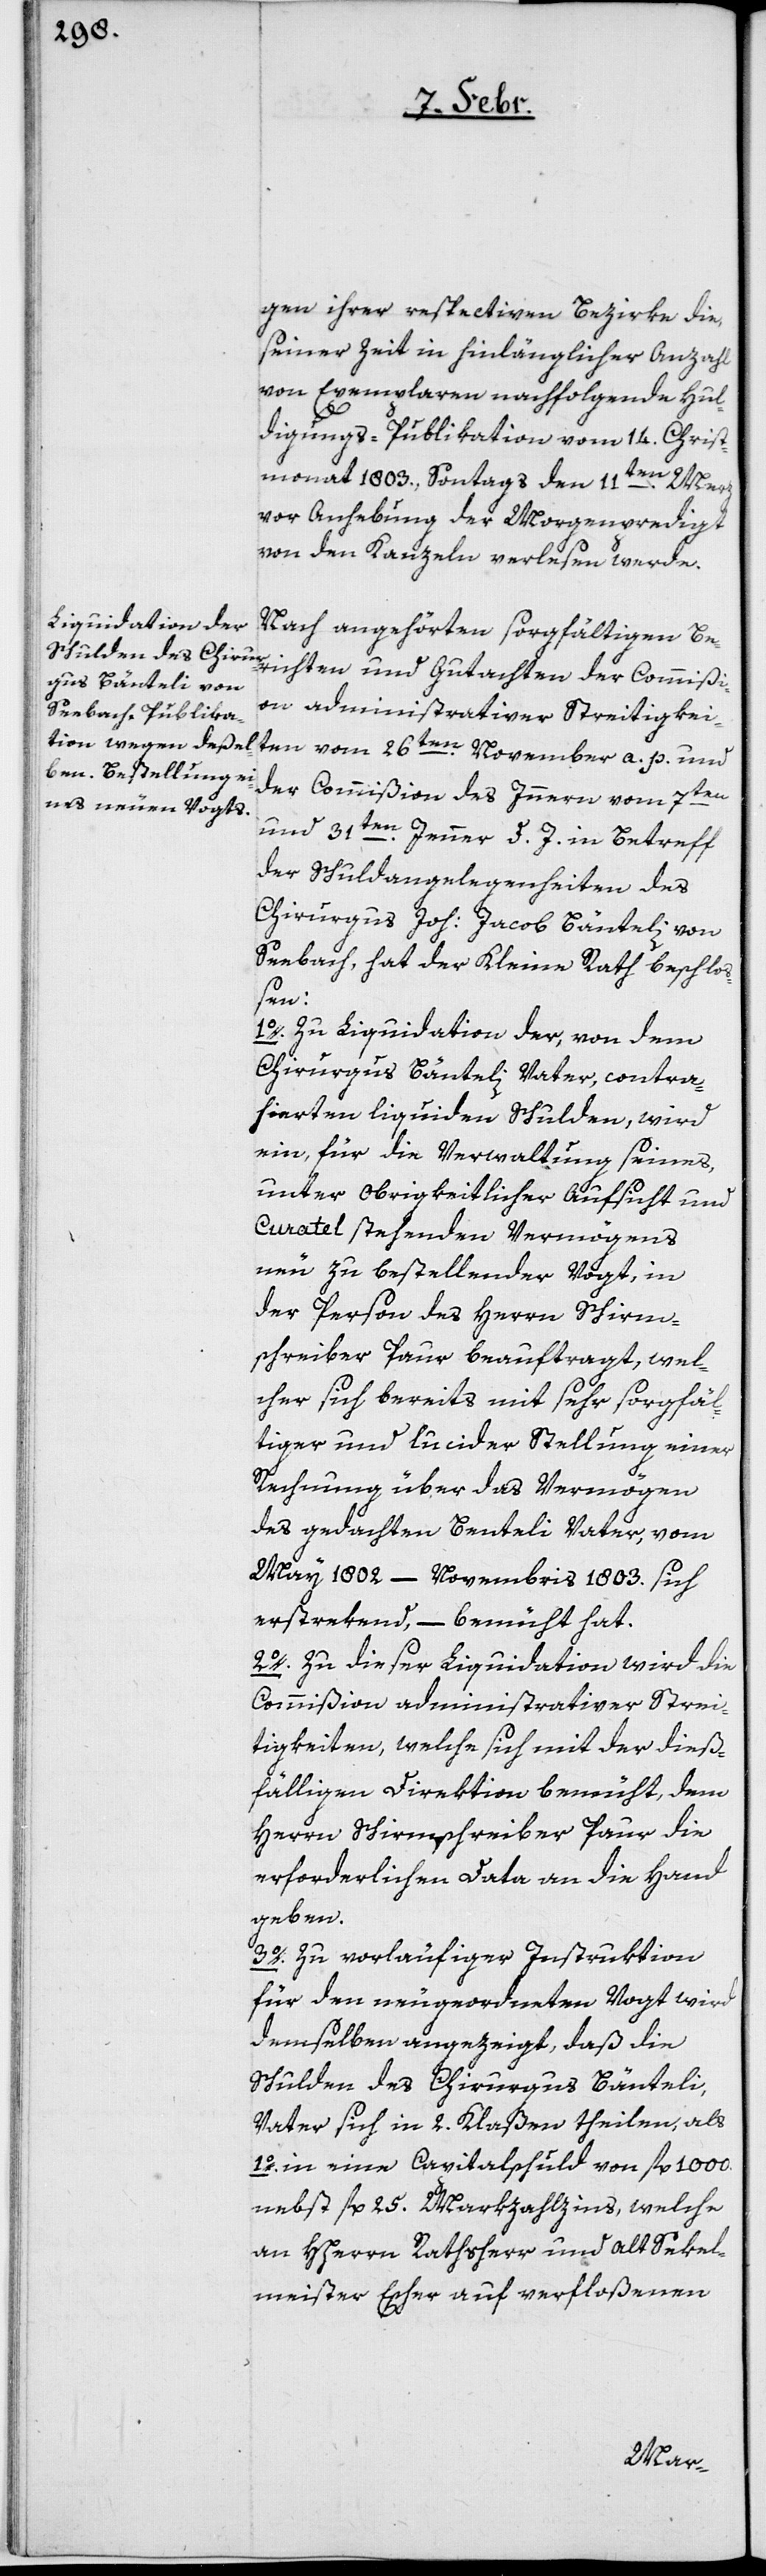
gen ihrer respectiven Bezirke die,
seiner Zeit in hinlänglicher Anzahl
von Exemplaren nachfolgende Hul¬
digungs-Publikation vom 14. Christ¬
monat 1803., Sontags den 11ten. Merz
vor Anhebung der Morgenpredigt
von den Kanzeln verlesen werde.
Nach angehörten sorgfältigen Be¬
richten und Gutachten der Commißi¬
on administrativer Streitigkei¬
ten vom 26ten. November a. p. und
der Commißion des Innern vom 7ten
und 31ten. Jenner d. J. in Betreff
der Schuldangelegenheiten des
Chirurgus Joh: Jacob Bänteli von
Seebach, hat der Kleine Rath beschlo¬
ßen:
1o. Zu Liquidation der, von dem
Chirurgus Bänteli Vater, contra¬
hierten liquiden Schulden, wird
ein, für die Verwaltung seines,
unter obrigkeitlicher Aufsicht und
Curatel stehenden Vermögens
neu zu bestellender Vogt, in
der Person des Herrn Schirm¬
schreiber Paur beauftragt, wel¬
cher sich bereits mit sehr sorgfäl¬
tiger und lucider Stellung einer
Rechnung über das Vermögen
des gedachten Bänteli Vater, vom
May 1802 – Novembris 1803. sich
erstrekend, – bemüht hat.
2o. Zu dieser Liquidation wird die
Commißion administrativer Strei¬
tigkeiten, welche sich mit der dieß¬
fälligen Direktion bemüht, dem
Herrn Schirmschreiber Paur die
erforderlichen Data an die Hand
geben.
3o. Zu vorläufiger Instruktion
für den neugeordneten Vogt wird
demselben angezeigt, daß die
Schulden des Chirurgus Bänteli,
Vater sich in 2. Klaßen theilen, als
1o. in eine Capitalschuld von fl. 1000.
nebst fl. 25. Markzahlzins, welche
an HHerrn Rathsherr und alt Sekel¬
meister Escher auf verfloßenen